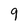
Character: 9